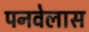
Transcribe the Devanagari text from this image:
पनवेलास